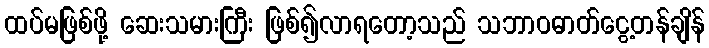
ထပ်မဖြစ်ဖို့ ဆေးသမားကြီး ဖြစ်၍လာရတော့သည် သဘာဝဓာတ်ငွေ့တန်ချိန်